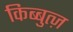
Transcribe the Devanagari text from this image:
किब्बुत्ज़